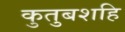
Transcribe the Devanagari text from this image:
कुतुबशहि